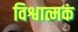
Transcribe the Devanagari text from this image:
विश्वात्मकं